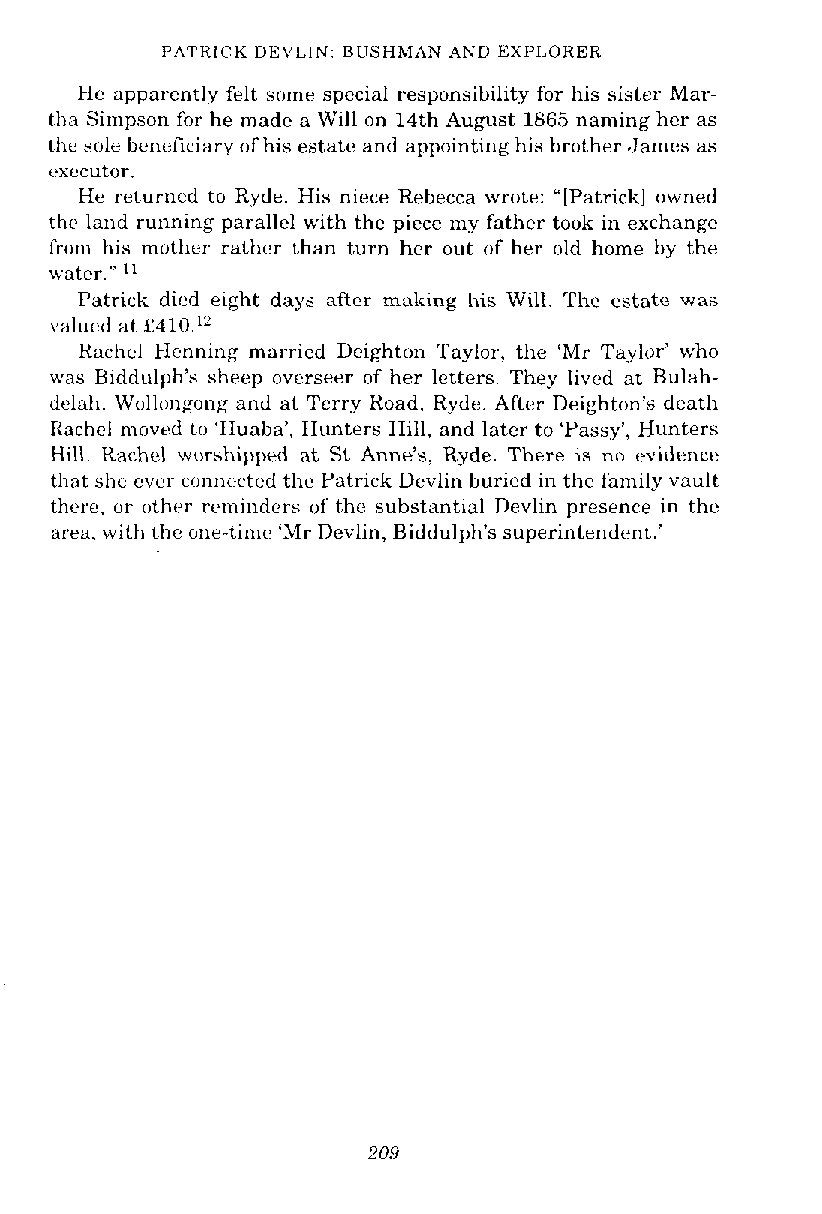
I'ATKICK DEVLIN: BUSHMAN AND EXI'LOHER
 Me apparently felt some special responsibility for his sister Mar-
 tha Simpson for he made a Will on 14th August 1865 naming her as
 the sole beneficiary of his estate and appointing his brother James as
 iixecutor.
 He returned to Ryde. His niece Rebecca wrote: "[Patrick] owned
 thc land running parallel with the piece my father took in exchange
 from his mother rather than turn her out of' her old home by the
 water."
 Patrick dicd eight days after making his Will. The estate was
 valucd at f410."
 Rachel Henning married Dcighton Taylor. the 'Mr Taylor' who
 was Biddulph's sheep overseer of her letters. They lived at Bulah-
 delah. Wollongong and at Terry Road. Ryde. After Deighton'a death
 Rachel rn0vt.d ti1 'Huaba', Hunters Hill, and later to 'Passy', Hunters
 Hill. Kachel worshipped at St Anne's, Ryde. There is no evidence
 that shc cvcr connected thc Patrick Devlin buried in the family vault
 there, or othrr reminders of the substantial Devlin presence in the
 area, with the one-tilne 'hfr Devlin, Biddulph's superintendent.'